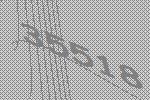
35518